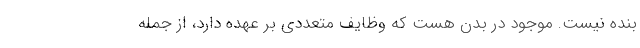
بنده نیست. موجود در بدن هست که وظایف متعددی بر عهده دارد، از جمله